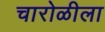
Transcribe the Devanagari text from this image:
चारोळीला